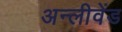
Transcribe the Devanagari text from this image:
अन्लीवेंड